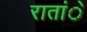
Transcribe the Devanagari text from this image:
रातांे